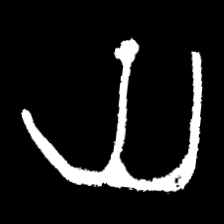
Pyu character \u2014 Myanmar letter: ယ (romanized: ya)